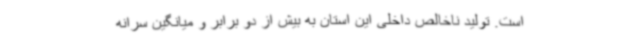
است. تولید ناخالص داخلی این استان به بیش از دو برابر و میانگین سرانه